Report of the Imperial Institute of Veterinary Research, Muktesar
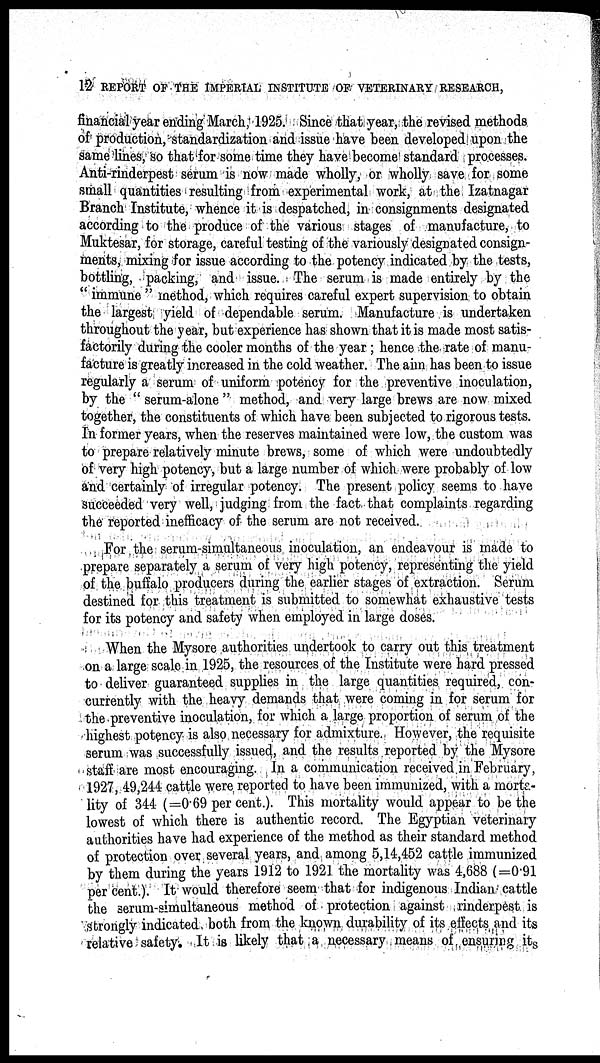
12 REPORT OF THE IMPERIAL INSTITUTE OF VETERINARY RESEARCH,
financial year ending March, 1925. Since that year, the revised methods
of production, standardization and issue have been developed upon the
same lines, so that for some time they have become standard processes.
Anti-rinderpest serum is now made wholly, or wholly save for some
small quantities resulting from experimental work, at the Izatnagar
Branch Institute, whence it is despatched, in consignments designated
according to the produce of the various stages of manufacture, to
Muktesar, for storage, careful testing of the variously designated consign-
ments, mixing for issue according to the potency indicated by the tests,
bottling, packing, and issue. The serum is made entirely by the
" immune " method, which requires careful expert supervision to obtain
the largest yield of dependable serum. Manufacture is undertaken
throughout the year, but experience has shown that it is made most satis-
factorily during the cooler months of the year; hence the rate of manu-
facture is greatly increased in the cold weather. The aim has been to issue
regularly a serum of uniform potency for the preventive inoculation,
by the " serum-alone " method, and very large brews are now mixed
together, the constituents of which have been subjected to rigorous tests.
In former years, when the reserves maintained were low, the custom was
to prepare relatively minute brews, some of which were undoubtedly
of very high potency, but a large number of which were probably of low
and certainly of irregular potency. The present policy seems to have
succeeded very well, judging from the fact that complaints regarding
the reported inefficacy of the serum are not received.
For the serum-simultaneous inoculation, an endeavour is made to
prepare separately a serum of very high potency, representing the yield
of the buffalo producers during the earlier stages of extraction. Serum
destined for this treatment is submitted to somewhat exhaustive tests
for its potency and safety when employed in large doses.
When the Mysore authorities undertook to carry out this treatment
on a large scale in 1925, the resources of the Institute were hard pressed
to deliver guaranteed supplies in the large quantities required, con-
currently with the heavy demands that were coming in for serum for
the preventive inoculation, for which a large proportion of serum of the
highest potency is also necessary for admixture. However, the requisite
serum was successfully issued, and the results reported by the Mysore
staff are most encouraging. In a communication received in February,
1927, 49,244 cattle were reported to have been immunized, with a morta¬
lity of 344 (=0.69 per cent.). This mortality would appear to be the
lowest of which there is authentic record. The Egyptian veterinary
authorities have had experience of the method as their standard method
of protection over several years, and among 5,14,452 cattle immunized
by them during the years 1912 to 1921 the mortality was 4,688 (=0.91
per cent.). It would therefore seem that for indigenous Indian cattle
the serum-simultaneous method of protection against rinderpest is
strongly indicated both from the known durability of its effects and its
relative safety. It is likely that a necessary means of ensuring it s